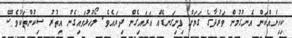
ކިހިނެއްކަން އެނގުމުން ވަރުދާގެ ގަޔަށް ފިނިގަނޑެއް އަރައިގެން ދިޔައެވެ. ލޯހުޅުވައިގެން އިތުރު ސިކުންތަކުވެސް